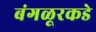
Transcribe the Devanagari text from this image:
बंगळूरकडे